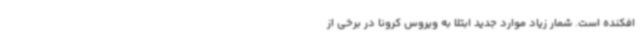
افکنده است. شمار زیاد موارد جدید ابتلا به ویروس کرونا در برخی از